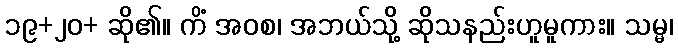
၁၉+၂၀+ ဆို၏။ ကိံ အဝစ၊ အဘယ်သို့ ဆိုသနည်းဟူမူကား။ သမ္မ၊